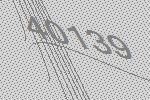
40139